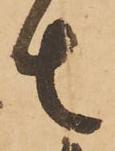
者